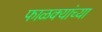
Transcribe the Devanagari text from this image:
फाळक्यांच्या